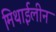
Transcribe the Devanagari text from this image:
मिथाईलीन